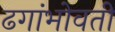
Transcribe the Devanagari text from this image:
ढगांभोवती